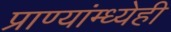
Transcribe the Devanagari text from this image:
प्राण्यांम्ध्येही